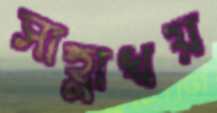
সাহ্লাখয়